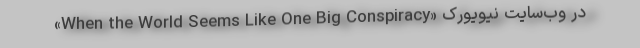
«When the World Seems Like One Big Conspiracy» در وب‌سایت نیویورک